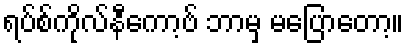
ရပ်စ်ကိုလ်နီကော့ဗ် ဘာမှ မပြောတော့။